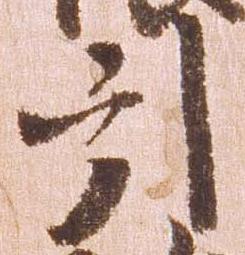
引